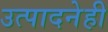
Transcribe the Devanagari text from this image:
उत्पादनेही